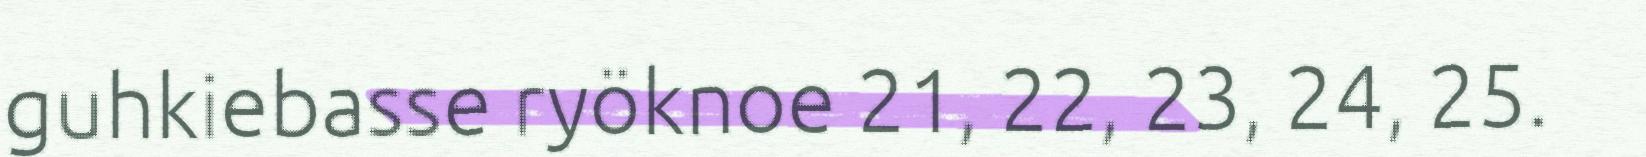
guhkiebasse ryöknoe 21, 22, 23, 24, 25.